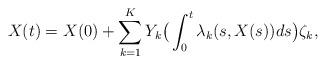
LaTeX: \begin{align*}X(t) = X(0) + \sum_{k=1}^K Y_k \big( \int_0^t \lambda_k(s,X(s)) ds\big) \zeta_k,\end{align*}